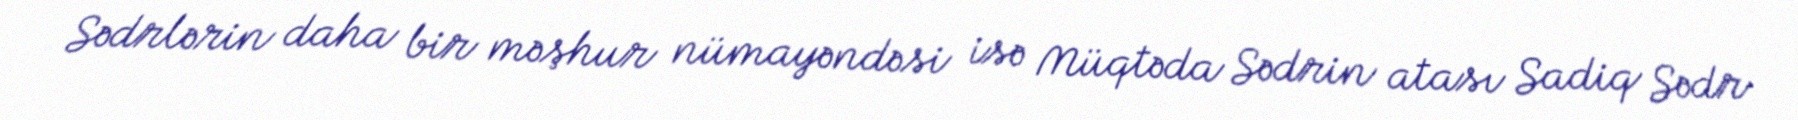
Sədrlərin daha bir məşhur nümayəndəsi isə Müqtəda Sədrin atası Sadiq Sədr